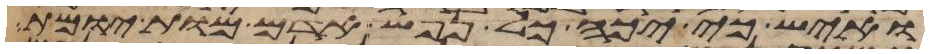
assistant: ואיש כי יכה כל נפש אדם מות יומת